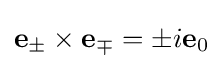
\mathbf {e} _{\pm }\times \mathbf {e} _{\mp }=\pm i\mathbf {e} _{0}